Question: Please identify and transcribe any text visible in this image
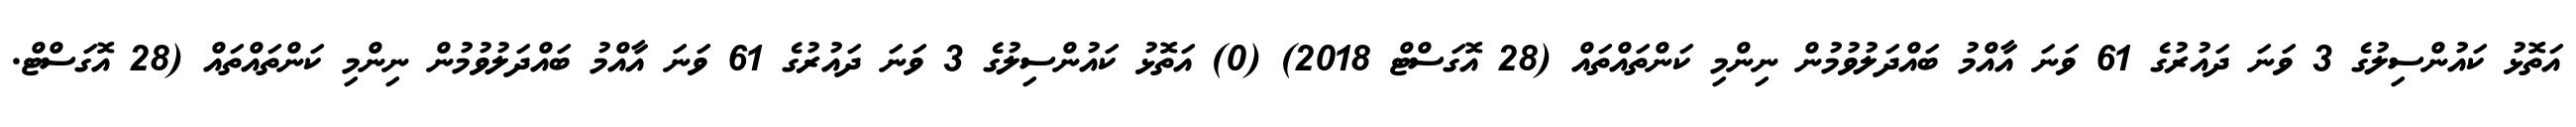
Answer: އަތޮޅު ކައުންސިލުގެ 3 ވަނަ ދައުރުގެ 61 ވަނަ އާއްމު ބައްދަލުވުމުން ނިންމި ކަންތައްތައް (28 އޮގަސްޓް 2018) (0) އަތޮޅު ކައުންސިލުގެ 3 ވަނަ ދައުރުގެ 61 ވަނަ އާއްމު ބައްދަލުވުމުން ނިންމި ކަންތައްތައް (28 އޮގަސްޓް.